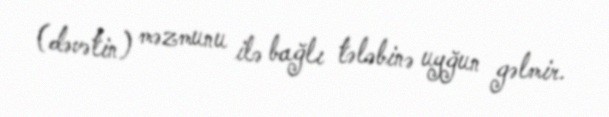
(dəvətin) məzmunu ilə bağlı tələbinə uyğun gəlmir.